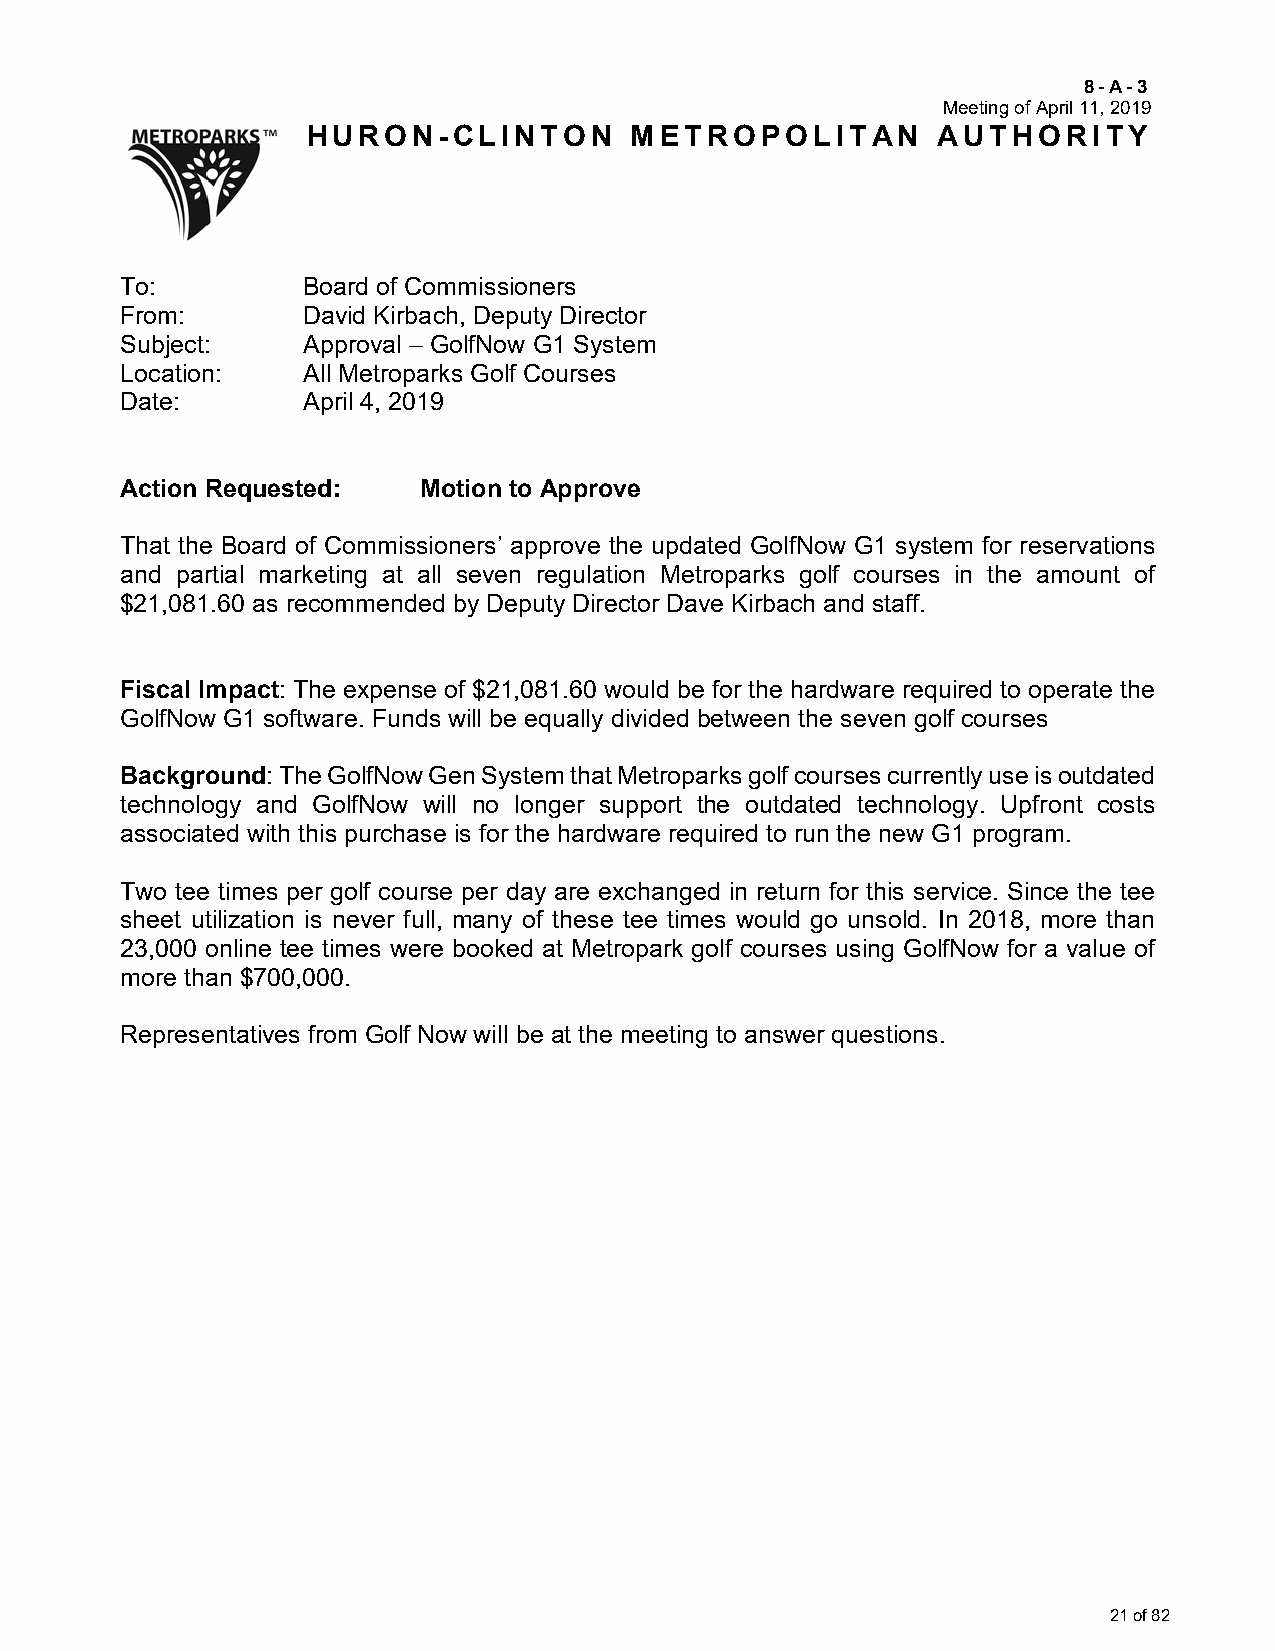
8-A-3
 Meeting of April 11, 2019
 HURON-CLINTON         METROPOLITAN        AUTHORITY
 To:         Board of Commissioners
 From:       David Kirbach, Deputy Director
 Subject:    Approval – GolfNow G1 System
 Location:   All Metroparks Golf Courses
 Date:       April 4, 2019
 Action Requested:   Motion to Approve
 That the Board of Commissioners’ approve the updated GolfNow G1 system for reservations
 and partial marketing at all seven regulation Metroparks golf courses in the amount of
 $21,081.60 as recommended by Deputy Director Dave Kirbach and staff.
 Fiscal Impact: The expense of $21,081.60 would be for the hardware required to operate the
 GolfNow G1 software. Funds will be equally divided between the seven golf courses
 Background: The GolfNow Gen System that Metroparks golf courses currently use is outdated
 technology and GolfNow will no longer support the outdated technology. Upfront costs
 associated with this purchase is for the hardware required to run the new G1 program.
 Two tee times per golf course per day are exchanged in return for this service. Since the tee
 sheet utilization is never full, many of these tee times would go unsold. In 2018, more than
 23,000 online tee times were booked at Metropark golf courses using GolfNow for a value of
 more than $700,000.
 Representatives from Golf Now will be at the meeting to answer questions.
 21 of 82